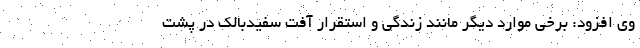
وی افزود: برخی موارد دیگر مانند زندگی و استقرار آفت سفیدبالک در پشت